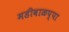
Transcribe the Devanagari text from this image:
मडीवाळप्पा